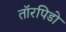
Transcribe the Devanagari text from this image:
तॉरपिडो